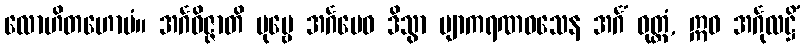
လောဟိတဟောမံ။ အင်္ဂဝိဇ္ဇာတိ ပုဗ္ဗေ အင်္ဂမေဝ ဒိသွာ ဗျာကရဏဝသေန အင်္ဂံ ဝုတ္တံ, ဣဓ အင်္ဂုလဋ္ဌိံ